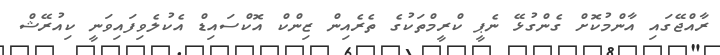
ރާއްޖޭގައި އާންމުކޮށް ގެންގުޅޭ ނެޕީ ކްރީމްތަކުގެ ތެރެއިން ޒިންކް އޮކްސައިޑް އެކުލެވިފައިވަނީ ކިއުރޭޝް